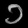
Digit: ၁